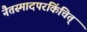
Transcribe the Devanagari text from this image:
नैतस्मादपरंकिंचित्